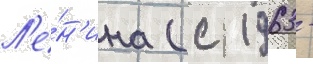
Л'е́н'ина (с 1963 -